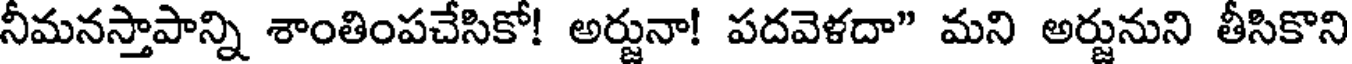
నీమనస్తాపాన్ని శాంతింపచేసికో! అర్జునా! పదవెళదా" మని అర్జునుని తీసికొని